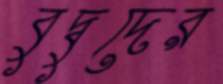
বুদ্বুদের